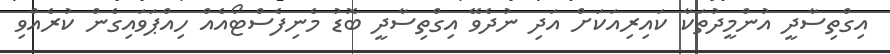
އިގްތިސާދީ އުންމީދުތަކާ ކައިރިއަކަށް އަދި ނުދެވޭ އިގްތިސާދީ ބޮޑު މެނިފެސްޓޯއެއް ހިއްޕަވައިގެން ކުރެއްވި